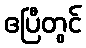
ဧပြီတွင်